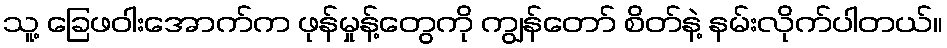
သူ့ ခြေဖဝါးအောက်က ဖုန်မှုန့်တွေကို ကျွန်တော် စိတ်နဲ့ နမ်းလိုက်ပါတယ်။